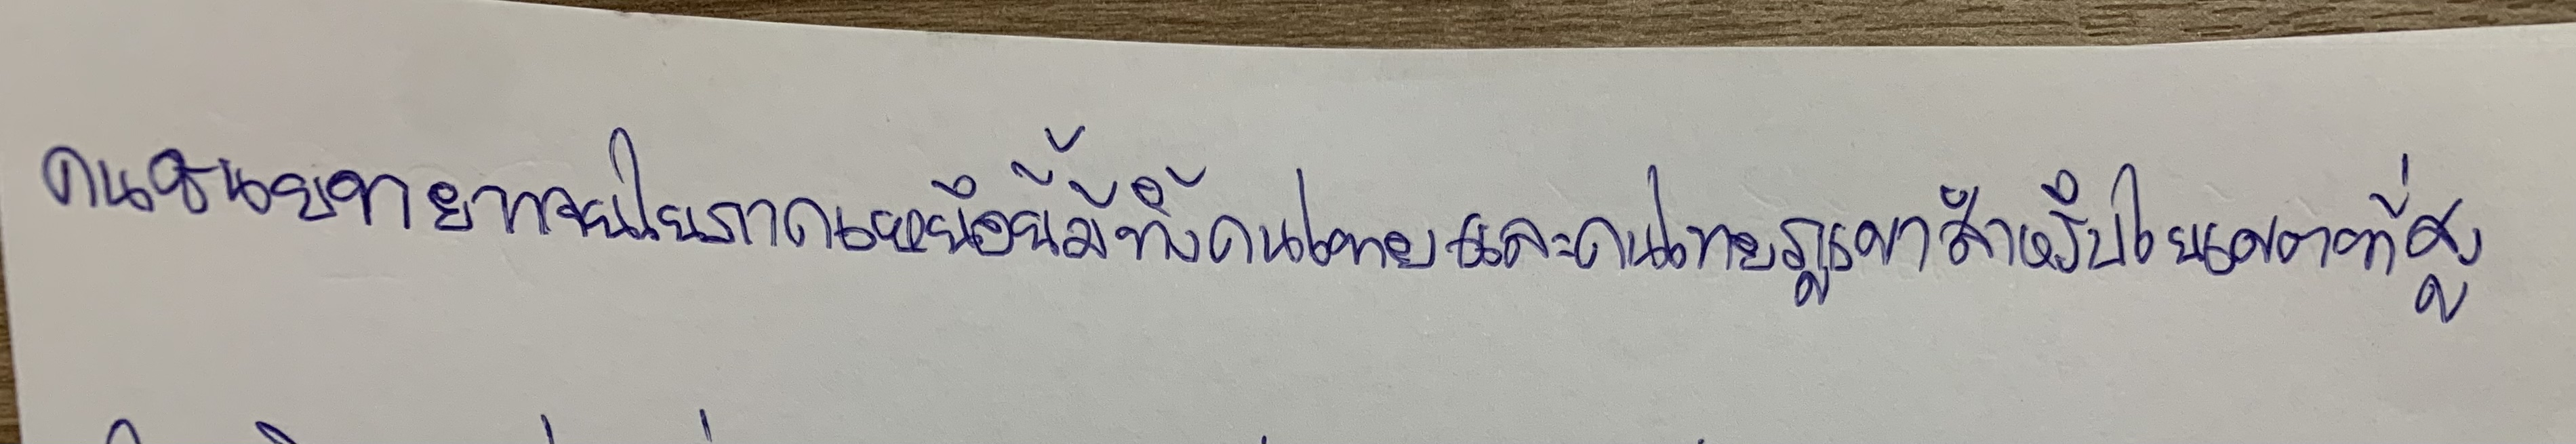
คนชนบทยากจนในภาคเหนือนี้มีทั้งคนไทยและคนไทยภูเขาสำหรับในเขตที่สูง